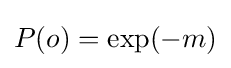
P(o)=\exp(-m)